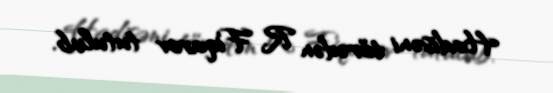
Hadisəni törədən R. Fiqarov tutulub.